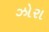
ઝોરા